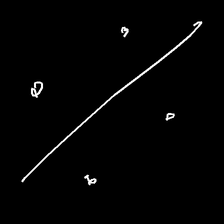
Glyph: cool